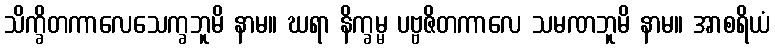
သိက္ခိတကာလေသေက္ခဘူမိ နာမ။ ဃရာ နိက္ခမ္မ ပဗ္ဗဇိတကာလေ သမဏဘူမိ နာမ။ အာစရိယံ